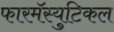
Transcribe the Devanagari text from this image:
फारमॅस्युटिकल